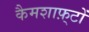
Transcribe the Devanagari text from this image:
कैमशाफ़्टों